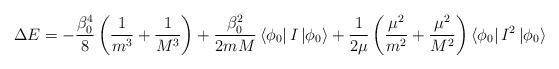
\begin{align*}\Delta E=-\frac {\beta_0^4}8\left(\frac 1{m^3}+\frac 1{M^3}\right)+\frac {\beta_0^2}{2mM}\left<\phi_0\right|I\left|\phi_0\right>+\frac 1{2\mu}\left(\frac {\mu^2}{m^2}+\frac {\mu^2}{M^2}\right)\left<\phi_0\right|I^2\left|\phi_0\right>\end{align*}